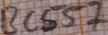
Text: BC557